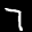
Label: 7